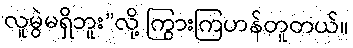
လူမွဲမရှိဘူး”လို့ ကြွားကြဟန်တူတယ်။